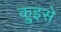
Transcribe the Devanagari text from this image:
क्रुइसे